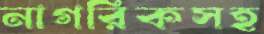
নাগরিকসহ